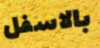
بالاسفل